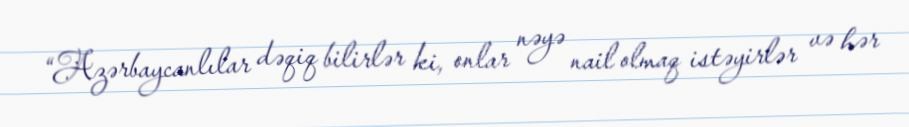
“Azərbaycanlılar dəqiq bilirlər ki, onlar nəyə nail olmaq istəyirlər və hər